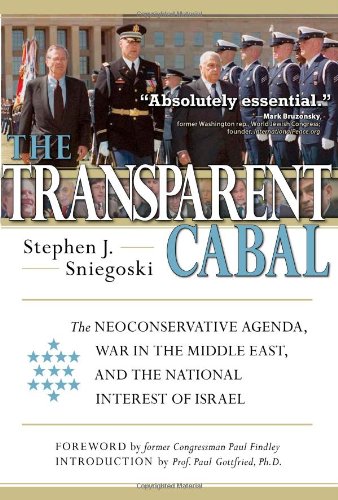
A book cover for The Transparent Cabal: The Neoconservative Agenda, War in the Middle East, and the National Interest of Israel; Stephen J. Sniegoski; History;